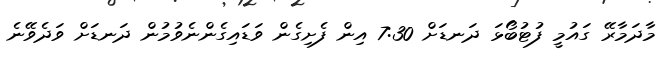
މާދަމާރޭ ގައުމީ ފުޓުބޯޅަ ދަނޑަށް 7:30 އިން ފެށިގެން ވަޑައިގެންނެވުމުން ދަނޑަށް ވަދެވޭނެ